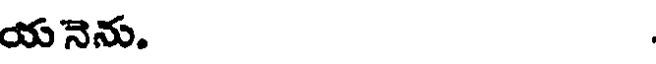
యనెను.